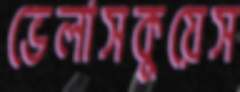
ভেলাসকুয়েস